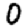
Digit: 0